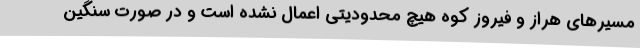
مسیرهای هراز و فیروز کوه هیچ محدودیتی اعمال نشده است و در صورت سنگین